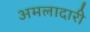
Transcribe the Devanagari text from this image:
अमलादारी